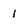
Character: 1